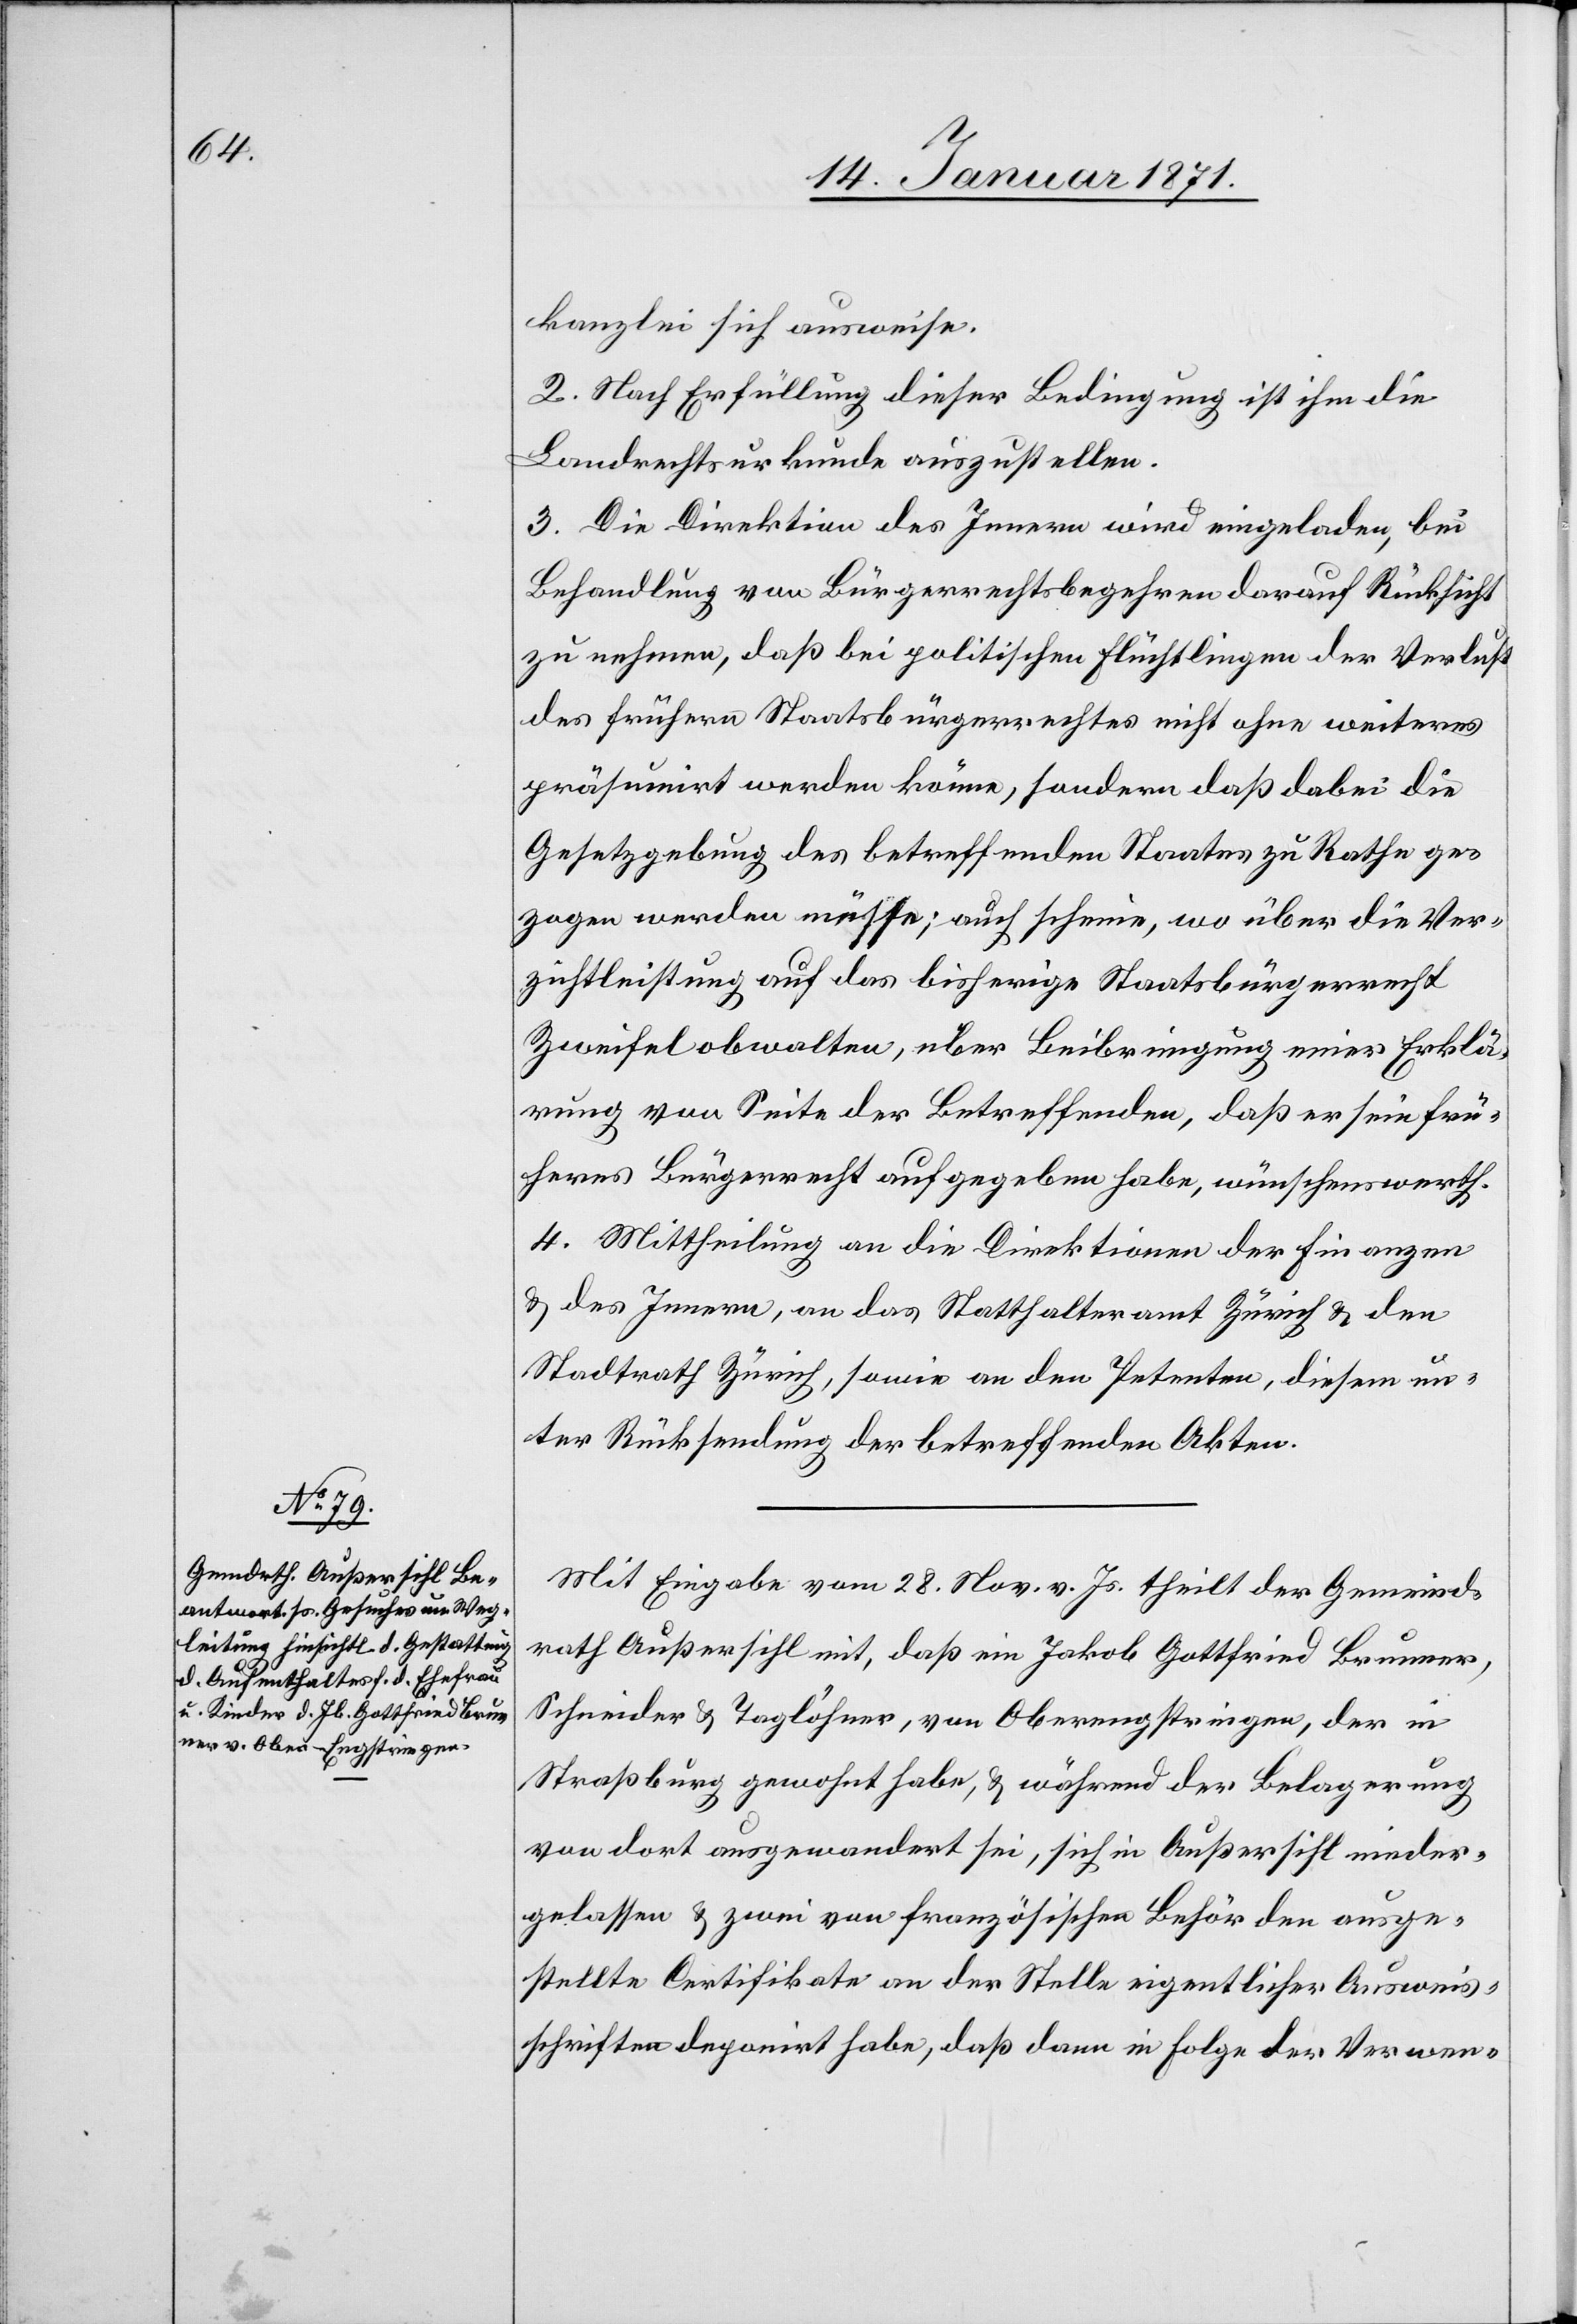
kanzlei sich ausweise.
2. Nach Erfüllung dieser Bedingung ist ihm die
Landrechtsurkunde auszustellen.
3. Die Direktion des Innern wird eingeladen, bei
Behandlung von Bürgerrechtsbegehren darauf Rücksicht
zu nehmen, daß bei politischen Flüchtlingen der Verlust
des frühern Staatsbürgerrechtes nicht ohne weiteres
präsumirt werden könne, sondern daß dabei die
Gesetzgebung des betreffenden Staates zu Rathe ge¬
zogen werden müsse; auch scheine, wo über die Ver¬
zichtleistung auf das bisherige Staatsbürgerrecht
Zweifel obwalten, über Beibringung einer Erklä¬
rung von Seite der Betreffenden, daß er sein frü¬
heres Bürgerrecht aufgegeben habe, wünschenswerth.
4. Mittheilung an die Direktion der Finanzen
u. des Innern, an das Statthalteramt Zürich u. den
Stadtrath Zürich, sowie an den Petenten, diesem un¬
ter Rücksendung der betreffenden Akten.
Mit Eingabe vom 28. Nov. v. Js. theilt der Gemeind¬
rath Außersihl mit, daß ein Jakob Gottfried Brunner,
Schneider u. Taglöhner, von Oberengstringen, der in
Straßburg gewohnt habe, u. während der Belagerung
von dort ausgewandert sei, sich in Außersihl nieder¬
gelassen u. zwei von französischen Behörden ausge¬
stellte Certifikate an der Stelle eigentlicher Ausweis¬
schriften deponirt habe, daß dann in Folge der Verwen-